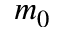
m _ { 0 }